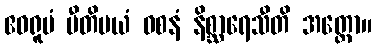
ဧဝရူပံ ပီတိမယံ ဝစနံ နိစ္ဆာရေသီတိ အတ္ထော။